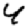
Digit: 4